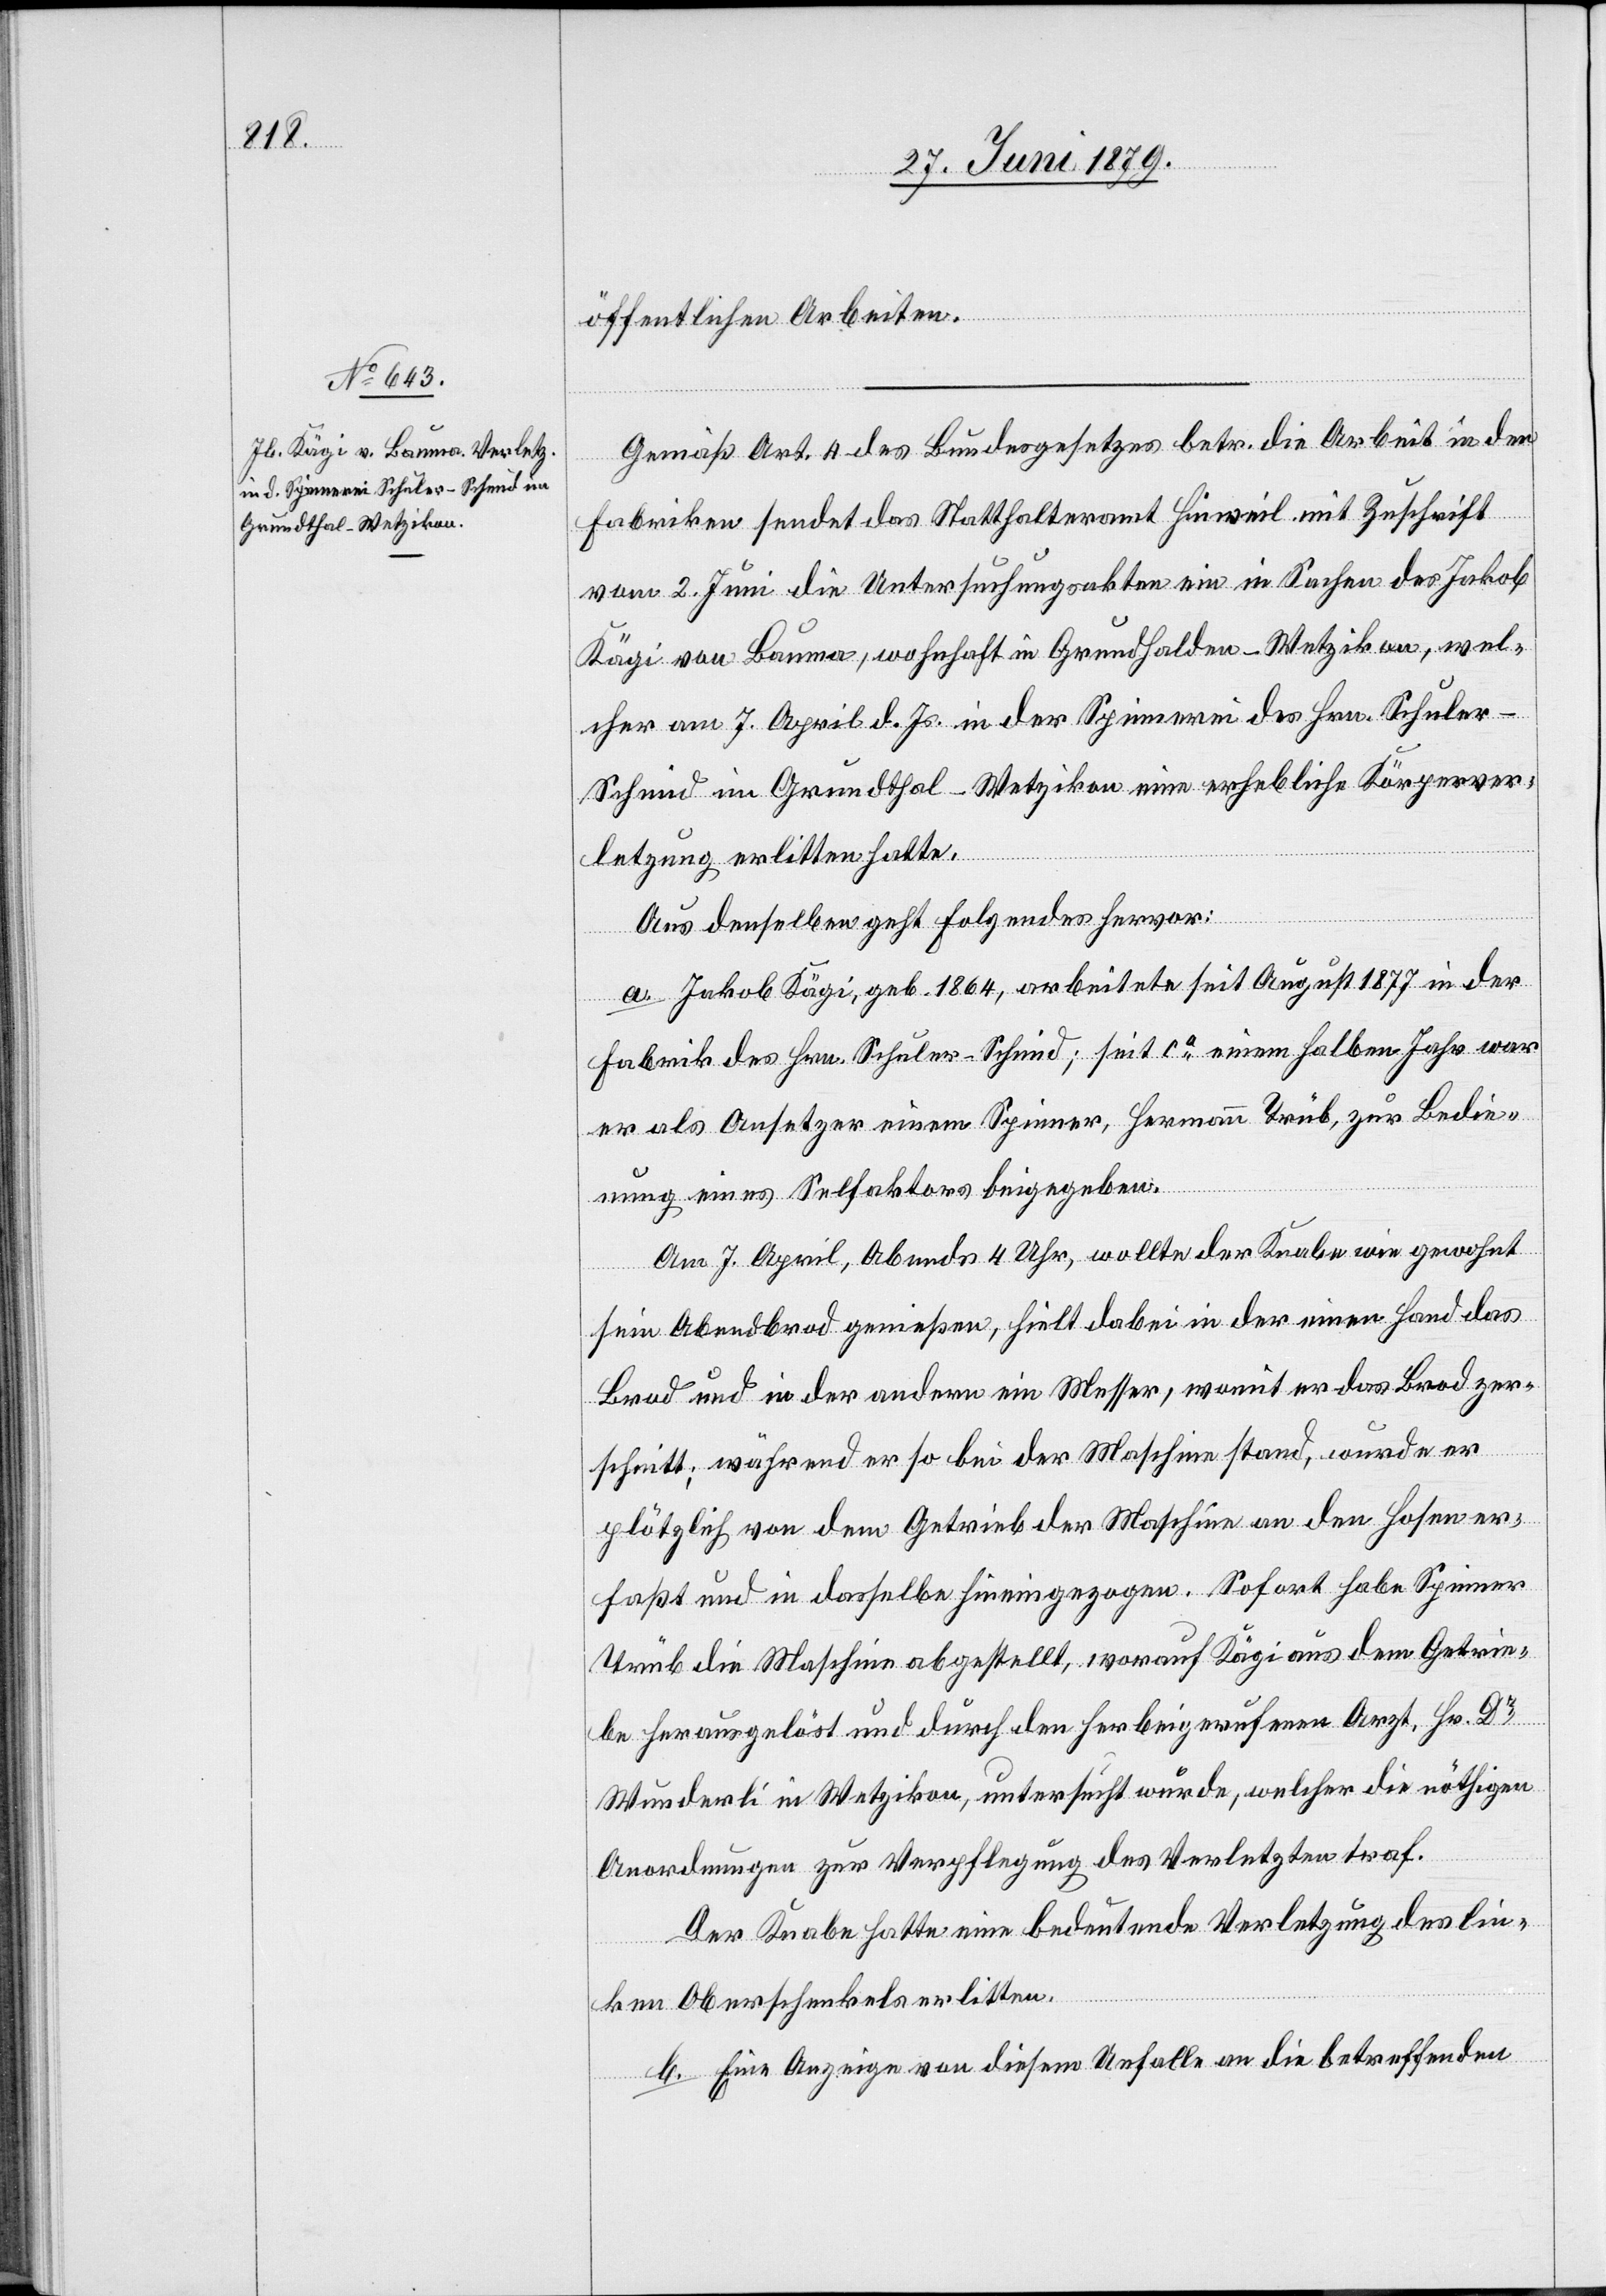
öffentlichen Arbeiten.
Gemäß Art. 4 des Bundesgesetzes betr. die Arbeit in der
Fabriken sendet das Statthalteramt Hinweil mit Zuschrift
vom 2. Juni die Untersuchungsakten ein in Sachen des Jakob
Kägi von Bauma, wohnhaft in Grundhalden - Wetzikon, wel¬
cher am 7. April d. Js. in der Spinnerei des Hrn. Schule¬
r-Schmid im Grundthal - Wetzikon eine erhebliche Körperver¬
letzung erlitten hatte.
Aus denselben geht Folgendes hervor:
a. Jakob Kägi, geb. 1864, arbeitete seit August 1877 in der
Fabrik des Hrn. Schuler-Schmid; seit ca einem halben Jahr war
er als Ansetzer einem Spinner, Hermann Trüb, zur Bedie¬
nung eines Selfaktors beigegeben.
Am 7. April, Abends 4 Uhr, wollte der Knabe wie gewohnt
sein Abendbrod genießen, hielt dabei in der einen Hand das
Brod und in der andern ein Messer, womit er das Brod zer¬
schnitt; während er so bei der Maschine stand, wurde er
plötzlich von dem Getrieb der Maschine an den Hosen er¬
faßt und in dasselbe hineingezogen. Sofort habe Spinner
Trüb die Maschine abgestellt, worauf Kägi aus dem Getrie¬
be herausgelöst und durch den herbeigerufenen Arzt, Hr. Dr
Wunderli in Wetzikon, untersucht wurde, welcher die nöthigen
Anordnungen zur Verpflegung des Verletzten traf.
Der Knabe hatte eine bedeutende Verletzung des lin¬
ken Oberschenkels erlitten.
b. Eine Anzeige von diesem Unfalle an die betreffenden